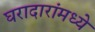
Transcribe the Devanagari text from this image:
घरादारांमध्ये